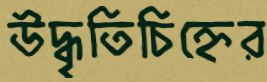
উদ্ধৃতিচিহ্নের